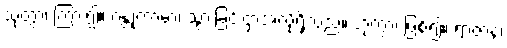
သုတွာ၊ ကြား၍။ ဂန္တုကာမာ၊ သွားခြင်းငှာအလိုရှိသည်။ ဟုတွာ၊ ဖြစ်၍။ ရာဇာနံ၊